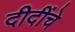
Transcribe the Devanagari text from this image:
दीदींचे